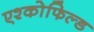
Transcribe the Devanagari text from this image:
एश्कोफिल्ड